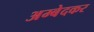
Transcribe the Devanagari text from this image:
अम्बेदकर